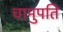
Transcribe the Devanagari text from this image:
चामुपति